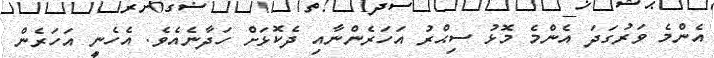
އެންމެ ވަރުގަދަ އެންމެ މޮޅު ސިޙްރު އަހަރެންނާއި ދެކޮޅަށް ހަދާނެއެވެ. އެހެނީ އަހަރެން